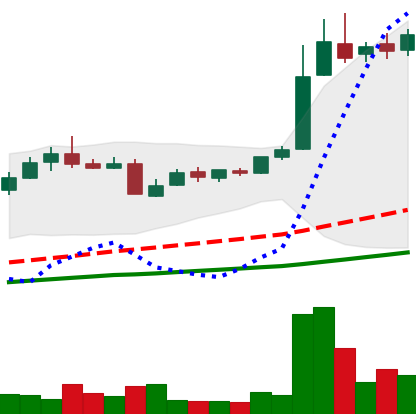
Ticker: LTC-USD
Chart end date: 2016-06-01
Forward return: 4.602%
Label: up_3_5